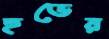
হুডের